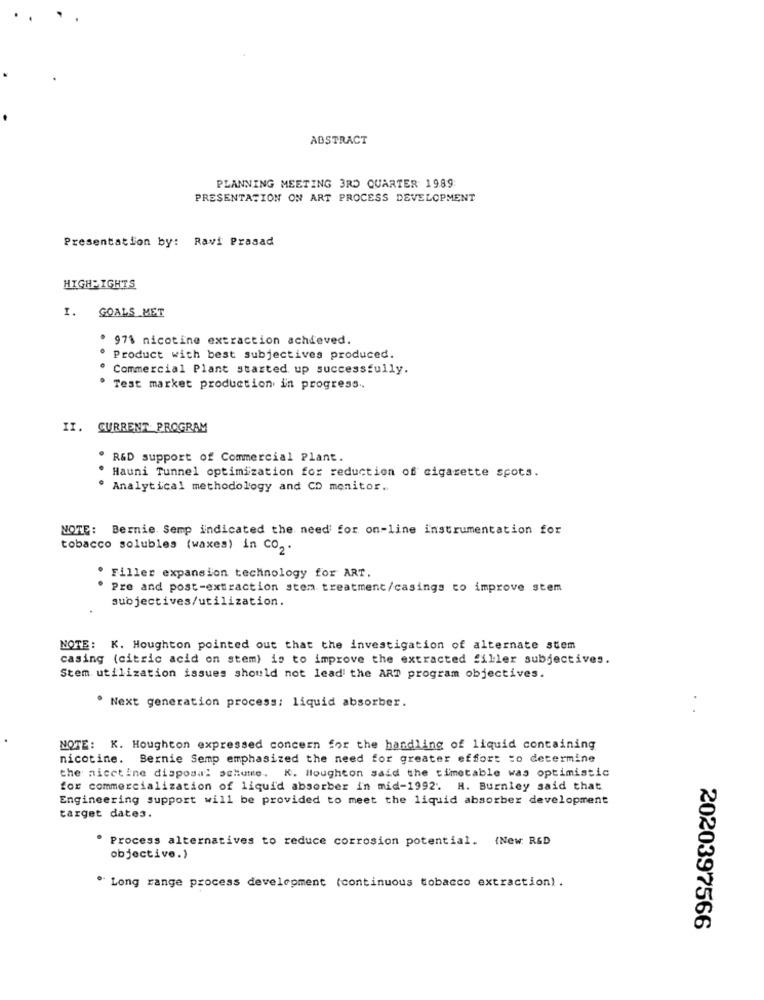
ABSTRACT
PLANNING MEETING 3RD QUARTER 1989:
PRESENTATION ON ART PROCESS DEVELOPMENT
Presentation by: Ravi Prasad
HIGHLIGHTS
I. GOALS MET
. 97% nicotine extraction achieved.
. Product with best subjectives produced.
Commercial Plant started up successfully.
Test market production in progress ..
II. CURRENT PROGRAM
. R&D support of Commercial Plant.
Hauni Tunnel optimization for reduction of cigarette spots.
. Analytical methodology and CO monitor ..
NOTE: Bernie Semp indicated the need for on-line instrumentation for
tobacco solubles (waxes) in CO2.
. Filler expansion technology for ART.
Pre and post-extraction stem treatment/casings to improve stem
subjectives/utilization.
NOTE: K. Houghton pointed out that the investigation of alternate stem
casing (citric acid on stem) is to improve the extracted filler subjectives.
Stem utilization issues should not lead the ART program objectives.
. Next generation process; liquid absorber.
NOTE: K. Houghton expressed concern for the handling of liquid containing
nicotine. Bernie Semp emphasized the need for greater effort to determine
the nicetine disposal schutte. K. Houghton said the timetable was optimistic
for commercialization of liquid absorber in mid-1992. H. Burnley said that
Engineering support will be provided to meet the liquid absorber development
target dates.
. Process alternatives to reduce corrosion potential. (New. R&D
objective.)
" Long range process development (continuous tobacco extraction).
2020397566